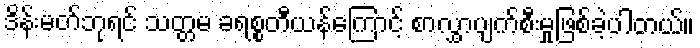
ဒိန်းမတ်ဘုရင် သတ္တမ ခရစ္စတီယန်ကြောင့် စာလွှာပျက်စီးမှုဖြစ်ခဲ့ပါတယ်။